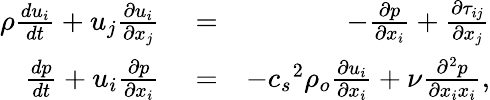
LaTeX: \begin{array}{rlr}{\rho\frac{du_{i}}{dt}+u_{j}\frac{\partial u_{i}}{\partial x_{j}}}&{{}=}&{-\frac{\partial p}{\partial x_{i}}+\frac{\partial\tau_{ij}}{\partial x_{j}}}\\ {\frac{dp}{dt}+u_{i}\frac{\partial p}{\partial x_{i}}}&{{}=}&{-{c_{s}}^{2}\rho_{o}\frac{\partial u_{i}}{\partial x_{i}}+\nu\frac{\partial^{2}p}{\partial x_{i}x_{i}},}\end{array}